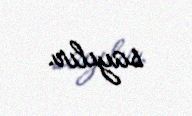
sayılır.